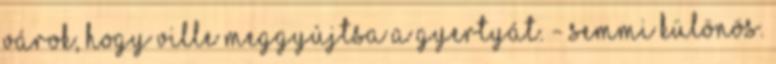
várok, hogy Ville meggyújtsa a gyertyát. - Semmi különös.